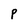
Character: P